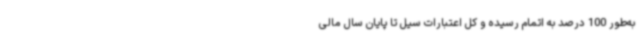
به‌طور 100 درصد به اتمام رسیده و کل اعتبارات سیل تا پایان سال مالی